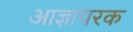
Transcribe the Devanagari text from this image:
आज्ञापरक